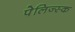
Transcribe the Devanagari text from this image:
पेलिज्स्क